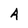
Character: A